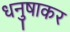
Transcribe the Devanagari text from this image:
धनुषाकर